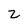
Character: 2